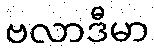
ဗလာဒီမာ